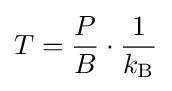
T={\frac {P}{B}}\cdot {\frac {1}{k_{\text{B}}}}